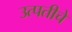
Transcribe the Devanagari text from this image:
उत्पतीचे